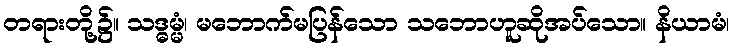
တရားတို့၌။ သဒ္ဓမ္မံ၊ မဘောက်မပြန်သော သဘောဟူဆိုအပ်သော။ နိယာမံ၊